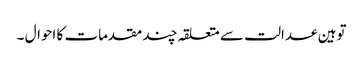
توہین عدالت سے متعلقہ چند مقدمات کا احوال ۔